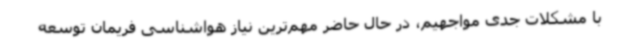
با مشکلات جدی مواجهیم، در حال حاضر مهم‌ترین نیاز هواشناسی فریمان توسعه